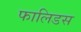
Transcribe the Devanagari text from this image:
फालिडस